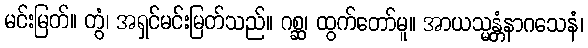
မင်းမြတ်။ တွံ၊ အရှင်မင်းမြတ်သည်။ ဂစ္ဆ၊ ထွက်တော်မူ။ အာယသ္မန္တံနာဂသေနံ၊